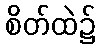
စိတ်ထဲ၌